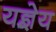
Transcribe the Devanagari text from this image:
यज्ञेय